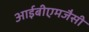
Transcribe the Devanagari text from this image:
आईबीएमजैसी